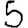
Digit: 5